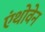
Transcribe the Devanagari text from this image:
एंथोवेन